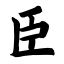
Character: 臣